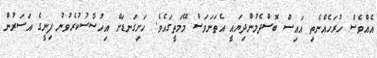
އެއްވެސް ހުރަހެއްނެތި އައިސް ބޮސްދެމުންދިޔައީ އެތަނަވަސް މޭމަތީގައެވެ. ހަށިގަނޑަށް އިހުސާސުކުރެވުނު ފިނީގެ އަސަރުން